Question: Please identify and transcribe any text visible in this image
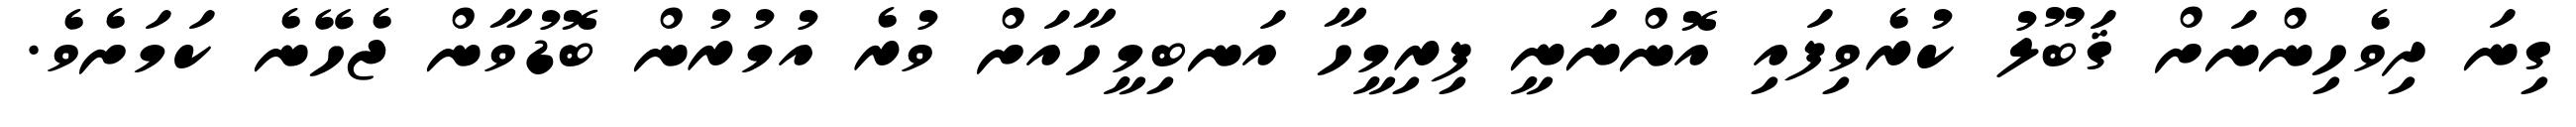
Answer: ގިނަ ދިވެހިންނަށް ޤަބޫލު ކުރެވިފައި އޮންނަނީ ފިރިމީހާ އަނބިމީހާއަށް ވުރެ އުމުރުން ބޮޑުވާން ޖެހޭނެ ކަމަށެވެ.